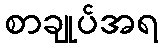
စာချုပ်အရ